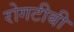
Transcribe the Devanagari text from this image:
रोगटीबी